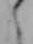
し